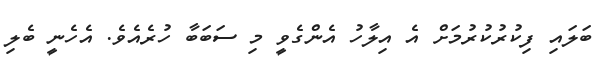
ބަލައި ފިކުރުކުރުމަށް އެ އިލާހު އެންގެވީ މި ސަބަބާ ހުރެއެވެ. އެހެނީ ބެލި